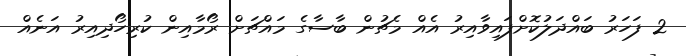
2 ފަހަރު ބައްދަލުކޮށްފައިވާއިރު އެއް މެޗުން ބާސާގެ މައްޗަށް ރޯމާއިން ކުރިހޯދިއިރު އަނެއް